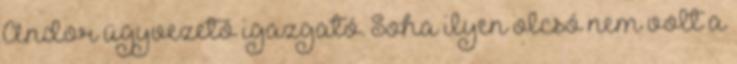
Andor ügyvezető igazgató. Soha ilyen olcsó nem volt a